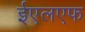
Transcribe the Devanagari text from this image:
ईएलएफ